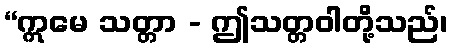
“ဣမေ သတ္တာ - ဤသတ္တဝါတို့သည်၊